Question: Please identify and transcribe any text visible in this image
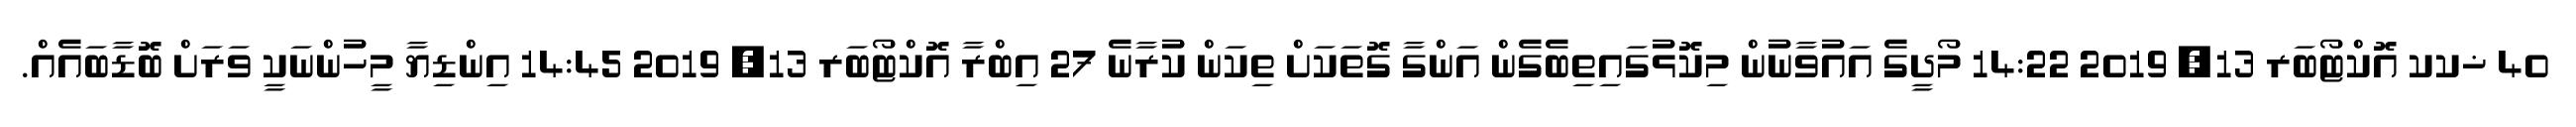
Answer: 40 ޚކކ އޮކްޓޯބަރ 13, 2019 14:22 މޯދީގެ އައުވާނުން މިކޮޅުގައިތިބެގެން އަންގާ ގޮތަކަށް ތިކަން ކުރާނެ 27 އިބްރާ އޮކްޓޯބަރ 13, 2019 14:45 އިންޑިޔާ މީހުންނަކީ ވަރަށް ބޮޑާބައެއް.